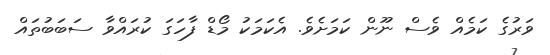
ވަރުގެ ކަމެއް ވެސް ނޫން ކަމަށެވެ. އެކަމަކު މޯޑް ފާހަގަ ކުރައްވާ ސަބަބުތައް